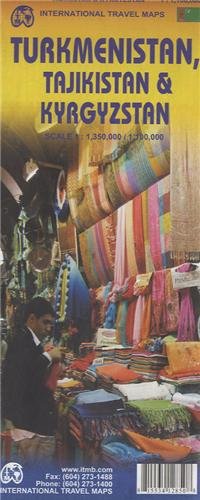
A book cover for Turkmenistan, Tajikistan, Kyrgyzstan - 2010*** (International Travel Maps); International Travel Maps and Books; Travel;